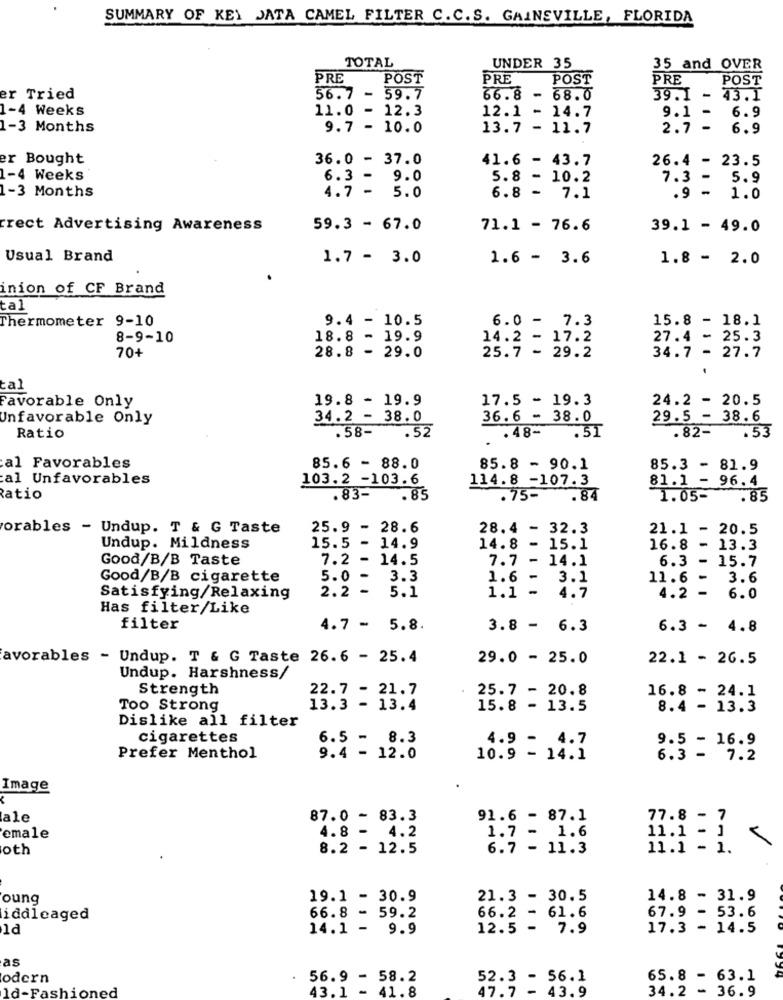
SUMMARY OF KEY JATA CAMEL FILTER C.C.S. GAINSVILLE, FLORIDA
TOTAL
UNDER 35
35 and OVER
PRE
POST
PRE
POST
PRE
POST
er Tried
56.7 -
59.7
66.8 - 68.0
39.1 .
43.1
1-4 Weeks
11.0 - 12.3
12.1 - 14.7
6.9
9.1 -
1-3 Months
9.7 - 10.0
13.7 - 11.7
2.7 -
6.9
er Bought
36.0 - 37.0
41.6 - 43.7
26.4 - 23.5
1-4 Weeks
6.3 - 9.0
5.8 - 10.2
7.3 - 5.9
1-3 Months
4.7 - 5.0
6.8 - 7.1
.9 -
1.0
trect Advertising Awareness
59.3 - 67.0
71.1 - 76.6
39.1 - 49.0
Usual Brand
1.7 - 3.0
1.6 - 3.6
1.8 - 2.0
inion of CF Brand
tal
Thermometer 9-10
9.4 - 10.5
6.0 - 7.3
15.8 - 18.1
8-9-10
18.8 - 19.9
14.2 - 17.2
27.4 - 25.3
70+
28.8 - 29.0
25.7 - 29.2
34.7 - 27.7
tal
Favorable Only
19.8 - 19.9
17.5 - 19.3
24.2 - 20.5
Unfavorable Only
34.2 - 38.0
36.6 - 38.0
29.5 - 38.6
.58-
.52
.51
.82-
.53
Ratio
.. 48-
.
al Favorables
85.6 - 88.0
85.8 - 90.1
85.3 - 81.9
al Unfavorables
103.2 -103.6
114.8 -107.3
81.1 - 96.4
Ratio
.83-
.85
.75-
.84
1.05-
.85
orables - Undup. T & G Taste
25.9 - 28.6
28.4 - 32.3
21.1 - 20.5
Undup. Mildness
15.5 - 14.9
14.8 - 15.1
16.8
13.3
Good/B/B Taste
7.2 - 14.5
7.7 - 14.1
6.3 - 15.7
Good/B/B cigarette
5.0 - 3.3
1.6 - 3.1
11.6 -
3.6
2.2 - 5.1
1.1 -
Satisfying/Relaxing
4.7
4.2 -
6.0
Has filter/Like
filter
4.7 - 5.8.
3.8 - 6.3
6.3 - 4.8
avorables - Undup. T & G Taste 26.6 - 25.4
29.0 - 25.0
22.1 - 26.5
Undup. Harshness/
Strength
22.7 - 21.7
25.7 - 20.8
16.8 - 24.1
Too Strong
13.3 - 13.4
15.8 - 13.5
8.4 - 13.3
Dislike all filter
cigarettes
6.5 - 8.3
4.9 - 4.7
9.5 - 16.9
Prefer Menthol
9.4 - 12.0
10.9 - 14.1
6.3 - 7.2
Image
ale
87.0 - 83.3
91.6 - 87.1
77.8 - 7
4.8 - 4.2
1.7 - 1.6
emale
11.1 - ]
oth
8.2 - 12.5
6.7 - 11.3
11.1 - 1.
oung
19.1 - 30.9
21.3 - 30.5
14.8 - 31.9
67.9 - 53.6
iddleaged
66.8 - 59.2
66.2 - 61.6
1d
14.1 - 9.9
12.5 - 7.9
17.3 - 14.5
as
odern
. 56.9 - 58.2
52.3 - 56.1
65.8 - 63.1
ld-Fashioned
43.1 - 41.8
34.2 - 36.9
47.7 - 43.9